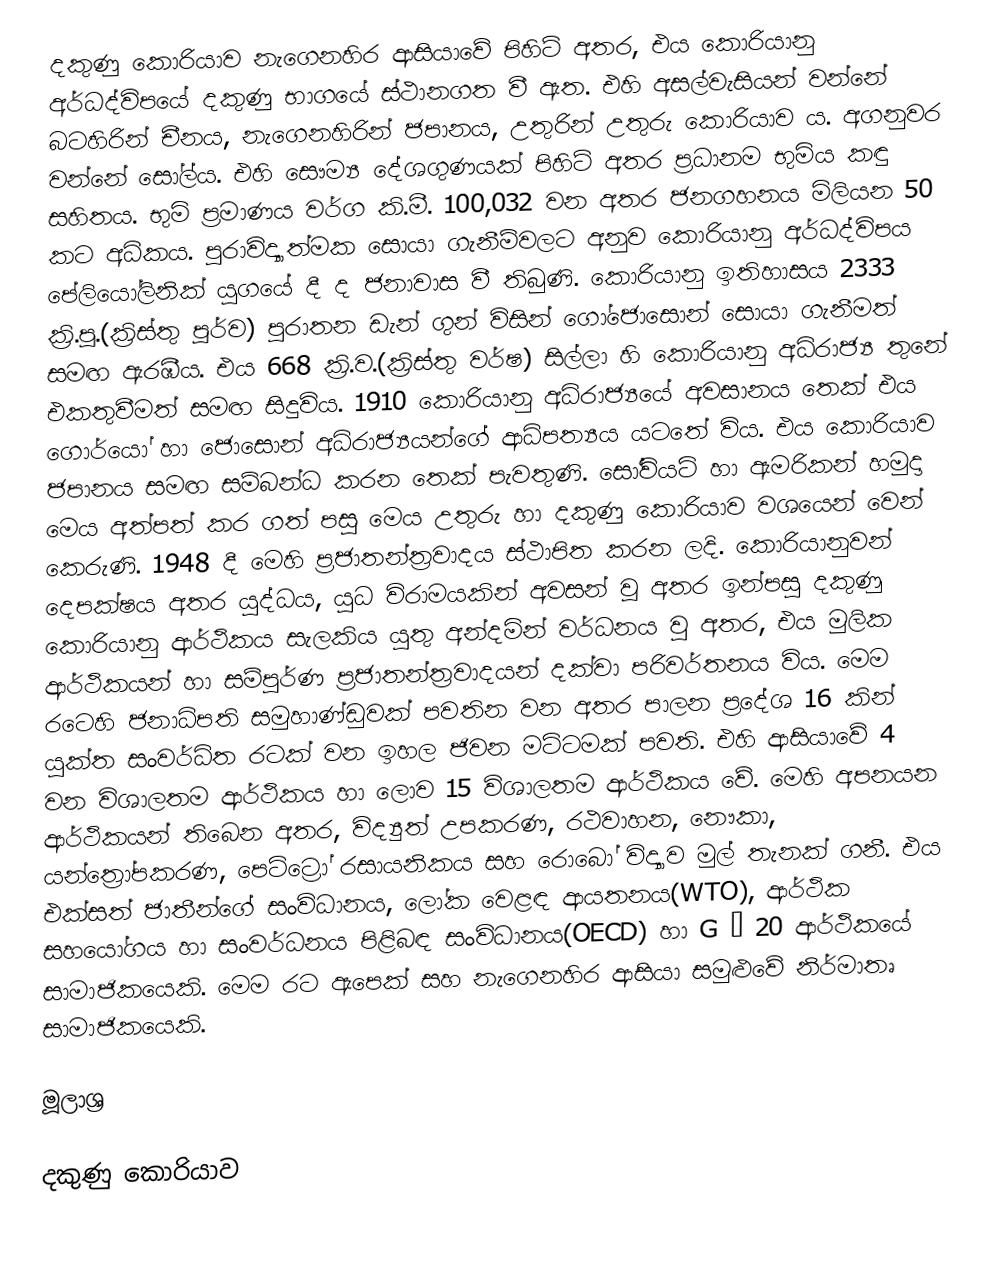
දකුණු කොරියාව නැගෙනහිර ආසියාවේ පිහිටි අතර, එය ‍කොරියානු අර්ධද්විපයේ දකුණු භාගයේ ස්ථානගත වී ඇත. එහි අසල්වැසියන් වන්නේ බටහිරින් චීනය, නැගෙනහිරින් ජපානය, උතුරින් උතුරු කොරියාව ය. අගනුවර වන්නේ සෝල්ය. එහි සෞම්‍ය දේශගුණයක් පිහිටි අතර ප්‍රධානම භුමිය කඳු සහිතය. භුමි ප්‍රමාණය වර්ග කි.මී. 100,032 වන අතර ජනගහනය මිලියන 50 කට අධිකය. පුරාවිද්‍යාත්මක සොයා ගැනීම්වලට අනුව කොරියානු අර්ධද්විපය පේලියෝලිනික් යුගයේ දී ද ජනාවාස වී තිබුණි. කොරියානු ඉතිහාසය 2333 ක්‍රි.පූ.(ක්‍රිස්තු පූර්ව) පුරාතන ඩැන් ගුන් විසින් ගෝජොසොන් සොයා ගැනීමත් සමඟ ඇරඹීය. එය 668 ක්‍රි.ව.(ක්‍රිස්තු වර්ෂ) සිල්ලා හි කොරියානු අධිරාජ්‍ය තුනේ එකතුවීමත් සමඟ සිදුවිය. 1910 කොරියානු අධිරාජ්‍යයේ අවසානය තෙක් එය ‍ගොර්යෝ හා ජොසොන් අධිරාජ්‍යයන්ගේ ආධිපත්‍යය යටතේ විය. එය කොරියාව ජපානය සමඟ සම්බන්ධ කරන තෙක් පැවතුණි. සෝවියට් හා ඇමරිකන් හමුදා මෙය අත්පත් කර ගත් පසු මෙය උතුරු හා දකුණු කොරියාව වශයෙන් වෙන් කෙරුණි. 1948 දී මෙහි ප්‍රජාතන්ත්‍රවාදය ස්ථාපිත කරන ලදි. කොරියානුවන් දෙපක්ෂය අතර යුද්ධය, යුධ විරාමයකින් අවසන් වූ අතර ඉන්පසු දකුණු කොරියානු ආර්ථිකය සැලකිය යුතු අන්දමින් වර්ධනය වු අතර, එය මුලික ආර්ථිකයන් හා සම්පුර්ණ ප්‍රජාතන්ත්‍රවාදයන් දක්වා පරිවර්තනය විය. මෙම රටෙහි ජනාධිපති සමුහාණ්ඩුවක් පවතින වන අතර පාලන ප්‍රදේශ 16 කින් යුක්ත සංවර්ධිත රටක් වන ඉහල ජිවන මට්ටමක් පවති. එහි ආසියාවේ 4 වන විශාලතම ආර්ථිකය හා ලොව 15 විශාලතම ආර්ථිකය වේ. මෙහි අපනයන ආර්ථිකයන් තිබෙන අතර, විද්‍යුත් උපකරණ, රථවාහන, නෞකා, යන්ත්‍රෝපකරණ, පෙට්ට්‍රෝ රසායනිකය සහ රොබෝ විද්‍යාව මුල් තැනක් ගනී. එය එක්සත් ජාතීන්ගේ සංවිධානය, ලෝක වෙළඳ ආයතනය(WTO), ආර්ථික සහයෝගය හා සංවර්ධනය පිළිබඳ සංවිධානය(OECD) හා G – 20 ආර්ථිකයේ සාමාජිකයෙකි. මෙම රට ඇපෙක් සහ නැගෙනහිර ආසියා සමුළුවේ නිර්මාතෘ සාමාජිකයෙකි.

මූලාශ්‍ර

දකුණු කොරියාව